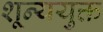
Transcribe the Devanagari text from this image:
शून्ययुक्त